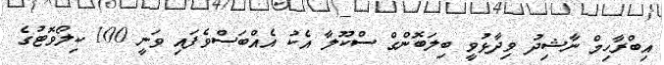
އިބްރާހިމް ނާޝިދު ވިދާޅުވީ ބިލަބޮންގް ސްކޫލާ އެކު އެއްބަސްވެފައި ވަނީ 100 ކިލޯވޮޓުގެ